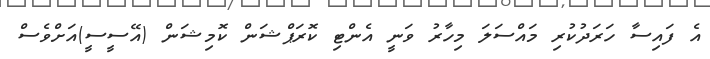
އެ ފައިސާ ހަރަދުކުރި މައްސަލަ މިހާރު ވަނީ އެންޓި ކޮރަޕްޝަން ކޮމިޝަން (އޭސީސީ)އަށްވެސް